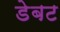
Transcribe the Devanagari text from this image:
डेबट